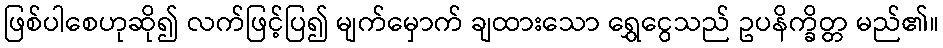
ဖြစ်ပါစေဟုဆို၍ လက်ဖြင့်ပြ၍ မျက်မှောက် ချထားသော ရွှေငွေသည် ဥပနိက္ခိတ္တ မည်၏။